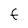
Character: f